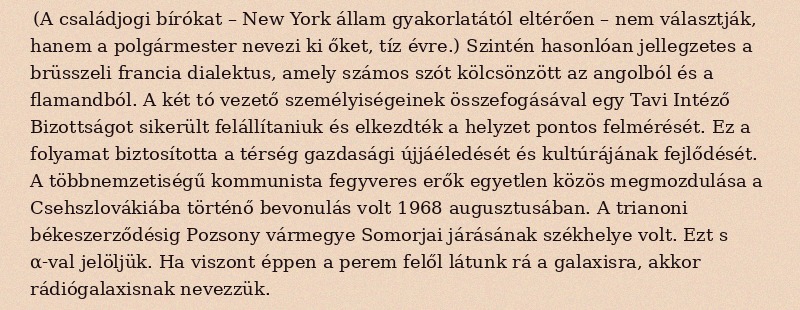
(A családjogi bírókat – New York állam gyakorlatától eltérően – nem választják, hanem a polgármester nevezi ki őket, tíz évre.) Szintén hasonlóan jellegzetes a brüsszeli francia dialektus, amely számos szót kölcsönzött az angolból és a flamandból. A két tó vezető személyiségeinek összefogásával egy Tavi Intéző Bizottságot sikerült felállítaniuk és elkezdték a helyzet pontos felmérését. Ez a folyamat biztosította a térség gazdasági újjáéledését és kultúrájának fejlődését. A többnemzetiségű kommunista fegyveres erők egyetlen közös megmozdulása a Csehszlovákiába történő bevonulás volt 1968 augusztusában. A trianoni békeszerződésig Pozsony vármegye Somorjai járásának székhelye volt. Ezt s α-val jelöljük. Ha viszont éppen a perem felől látunk rá a galaxisra, akkor rádiógalaxisnak nevezzük.